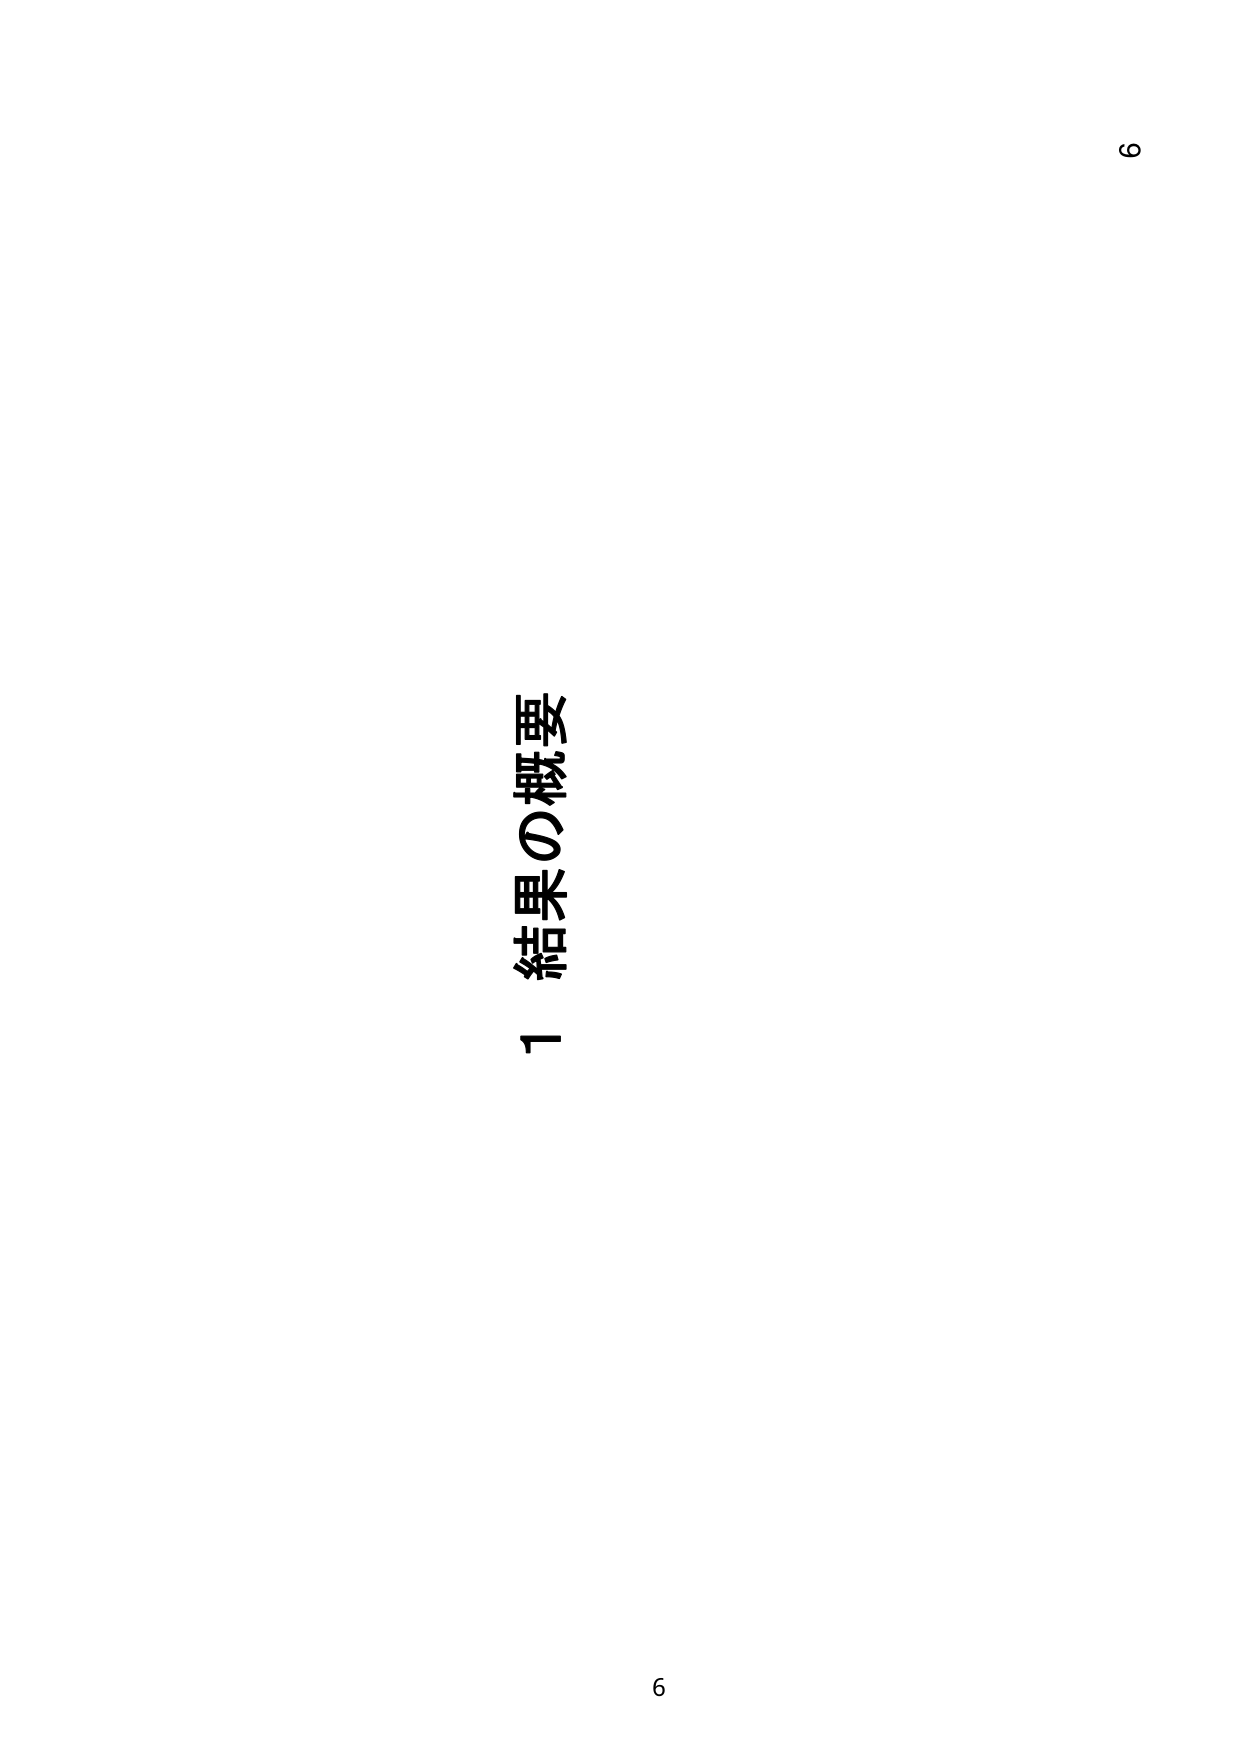
1 結果の概要

6